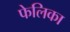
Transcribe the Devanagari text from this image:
फेलिका